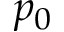
p _ { 0 }